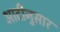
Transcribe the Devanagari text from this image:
आदीनुसार